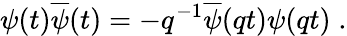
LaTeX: \psi(t)\overline{{{\psi}}}(t)=-q^{-1}\overline{{{\psi}}}(qt)\psi(qt)\; .